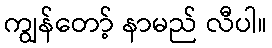
ကျွန်တော့် နာမည် လီပါ။